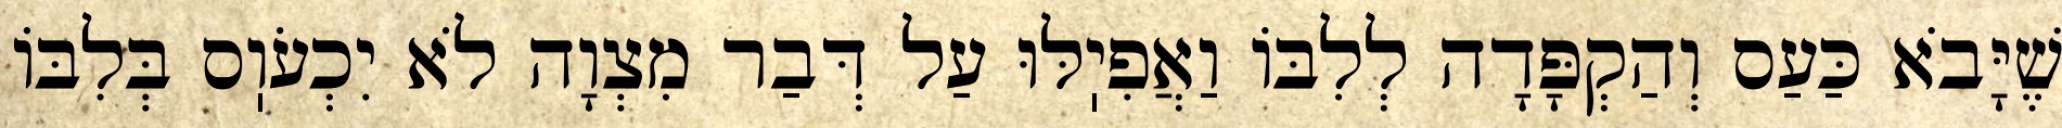
שֶׁיָּבֹא כַּעַס וְהַקְפָּדָה לְלִבּוֹ וַאֲפִיֽלּוּ עַל דְּבַר מִצְוָה לֹא יִכְעֹוֽס בְּלִבּוֹ